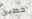
خطبي